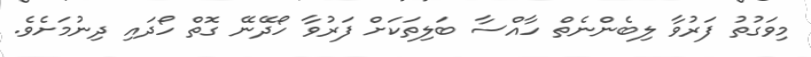
މިވަގުތު ފަރުވާ ލިބެންނެތް ހާއްސާ ބަލިތަކަށް ފަރުވާ ހޯދޭނޭ ގޮތް ހޯދައި ދިނުމަށެވެ.